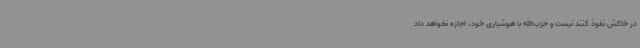
در خاکش نفوذ کنند نیست و حزب‌الله با هوشیاری خود، اجازه نخواهد داد